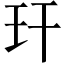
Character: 玕